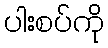
ပါးစပ်ကို